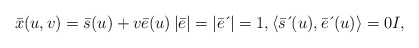
\begin{align*}\bar{x}(u,v)=\bar{s}(u)+v\bar{e}(u)\left \vert \bar{e}\right \vert =|\bar{e}\,\acute{}\,|=1,\langle \bar{s}\,\acute{}\,(u),\bar{e}\,\acute{}\,(u)\rangle=0I, \end{align*}